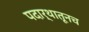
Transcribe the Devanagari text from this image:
पदार्थातूनच